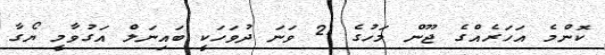
ކޮންމެ އަހަރެއްގެ ޖޫން މަހުގެ 21 ވަނަ ދުވަހަކީ ބައިނަލް އަގުވާމީ ޔޯގާ